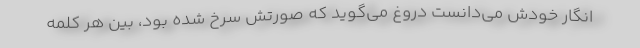
انگار خودش می‌دانست دروغ می‌گوید که صورتش سرخ شده بود، بین هر کلمه